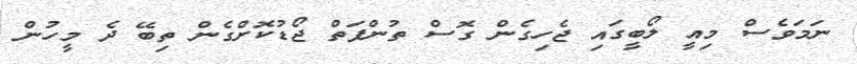
ނަމަވެސް މިއީ ލޯބީގައި ޖެހިގެން ގޮސް ތުންފަތް ޖޯޑުކޮށްގެން ތިބޭ ދެ މީހުން